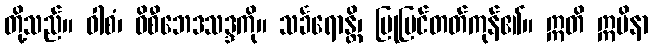
တို့သည်။ ဝါစံ၊ ဝိစီဘေဒသဒ္ဒကို။ သင်္ခရောန္တိ၊ ပြုပြင်တတ်ကုန်၏။ ဣတိ ဣမိနာ